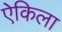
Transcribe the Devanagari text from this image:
ऐकिला